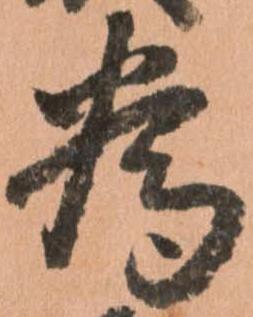
為